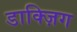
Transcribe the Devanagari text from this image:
डाक्ज़िग